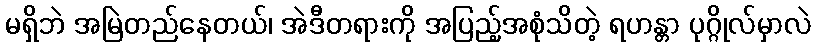
မရှိဘဲ အမြဲတည်နေတယ်၊ အဲဒီတရားကို အပြည့်အစုံသိတဲ့ ရဟန္တာ ပုဂ္ဂိုလ်မှာလဲ